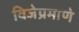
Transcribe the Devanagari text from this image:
विजेप्रमाणे